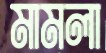
মামলা